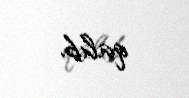
qalıb.